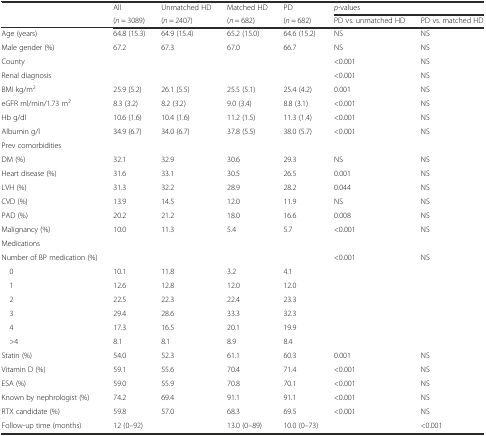
<table><thead><tr><td rowspan="2"></td><td><b>All</b></td><td><b>Unmatched HD</b></td><td><b>Matched HD</b></td><td><b>PD</b></td><td colspan="2"><b><i>p</i>-values</b></td></tr><tr><td><b>(<i>n</i> = 3089)</b></td><td><b>(<i>n</i> = 2407)</b></td><td><b>(<i>n</i> = 682)</b></td><td><b>(<i>n</i> = 682)</b></td><td><b>PD vs. unmatched HD</b></td><td><b>PD vs. matched HD</b></td></tr></thead><tbody><tr><td>Age (years)</td><td>64.8 (15.3)</td><td>64.9 (15.4)</td><td>65.2 (15.0)</td><td>64.6 (15.2)</td><td>NS</td><td>NS</td></tr><tr><td>Male gender (%)</td><td>67.2</td><td>67.3</td><td>67.0</td><td>66.7</td><td>NS</td><td>NS</td></tr><tr><td>County</td><td></td><td></td><td></td><td></td><td>&lt;0.001</td><td>NS</td></tr><tr><td>Renal diagnosis</td><td></td><td></td><td></td><td></td><td>&lt;0.001</td><td>NS</td></tr><tr><td>BMI kg/m<sup>2</sup></td><td>25.9 (5.2)</td><td>26.1 (5.5)</td><td>25.5 (5.1)</td><td>25.4 (4.2)</td><td>0.001</td><td>NS</td></tr><tr><td>eGFR ml/min/1.73 m<sup>2</sup></td><td>8.3 (3.2)</td><td>8.2 (3.2)</td><td>9.0 (3.4)</td><td>8.8 (3.1)</td><td>&lt;0.001</td><td>NS</td></tr><tr><td>Hb g/dl</td><td>10.6 (1.6)</td><td>10.4 (1.6)</td><td>11.2 (1.5)</td><td>11.3 (1.4)</td><td>&lt;0.001</td><td>NS</td></tr><tr><td>Albumin g/l</td><td>34.9 (6.7)</td><td>34.0 (6.7)</td><td>37.8 (5.5)</td><td>38.0 (5.7)</td><td>&lt;0.001</td><td>NS</td></tr><tr><td>Prev comorbidities</td><td></td><td></td><td></td><td></td><td></td><td></td></tr><tr><td>DM (%)</td><td>32.1</td><td>32.9</td><td>30.6</td><td>29.3</td><td>NS</td><td>NS</td></tr><tr><td>Heart disease (%)</td><td>31.6</td><td>33.1</td><td>30.5</td><td>26.5</td><td>0.001</td><td>NS</td></tr><tr><td>LVH (%)</td><td>31.3</td><td>32.2</td><td>28.9</td><td>28.2</td><td>0.044</td><td>NS</td></tr><tr><td>CVD (%)</td><td>13.9</td><td>14.5</td><td>12.0</td><td>11.9</td><td>NS</td><td>NS</td></tr><tr><td>PAD (%)</td><td>20.2</td><td>21.2</td><td>18.0</td><td>16.6</td><td>0.008</td><td>NS</td></tr><tr><td>Malignancy (%)</td><td>10.0</td><td>11.3</td><td>5.4</td><td>5.7</td><td>&lt;0.001</td><td>NS</td></tr><tr><td>Medications</td><td></td><td></td><td></td><td></td><td></td><td></td></tr><tr><td>Number of BP medication (%)</td><td></td><td></td><td></td><td></td><td>&lt;0.001</td><td>NS</td></tr><tr><td> 0</td><td>10.1</td><td>11.8</td><td>3.2</td><td>4.1</td><td></td><td></td></tr><tr><td> 1</td><td>12.6</td><td>12.8</td><td>12.0</td><td>12.0</td><td></td><td></td></tr><tr><td> 2</td><td>22.5</td><td>22.3</td><td>22.4</td><td>23.3</td><td></td><td></td></tr><tr><td> 3</td><td>29.4</td><td>28.6</td><td>33.3</td><td>32.3</td><td></td><td></td></tr><tr><td> 4</td><td>17.3</td><td>16.5</td><td>20.1</td><td>19.9</td><td></td><td></td></tr><tr><td> &gt;4</td><td>8.1</td><td>8.1</td><td>8.9</td><td>8.4</td><td></td><td></td></tr><tr><td>Statin (%)</td><td>54.0</td><td>52.3</td><td>61.1</td><td>60.3</td><td>0.001</td><td>NS</td></tr><tr><td>Vitamin D (%)</td><td>59.1</td><td>55.6</td><td>70.4</td><td>71.4</td><td>&lt;0.001</td><td>NS</td></tr><tr><td>ESA (%)</td><td>59.0</td><td>55.9</td><td>70.8</td><td>70.1</td><td>&lt;0.001</td><td>NS</td></tr><tr><td>Known by nephrologist (%)</td><td>74.2</td><td>69.4</td><td>91.1</td><td>91.1</td><td>&lt;0.001</td><td>NS</td></tr><tr><td>RTX candidate (%)</td><td>59.8</td><td>57.0</td><td>68.3</td><td>69.5</td><td>&lt;0.001</td><td>NS</td></tr><tr><td>Follow-up time (months)</td><td>12 (0–92)</td><td></td><td>13.0 (0–89)</td><td>10.0 (0–73)</td><td></td><td>&lt;0.001</td></tr></tbody></table>